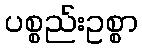
ပစ္စည်းဥစ္စာ